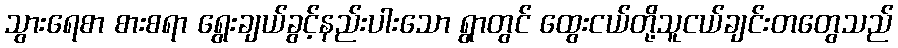
သွားရေစာ စားစရာ ရွေးချယ်ခွင့်နည်းပါးသော ရွာတွင် ထွေးငယ်တို့သူငယ်ချင်းတတွေသည်